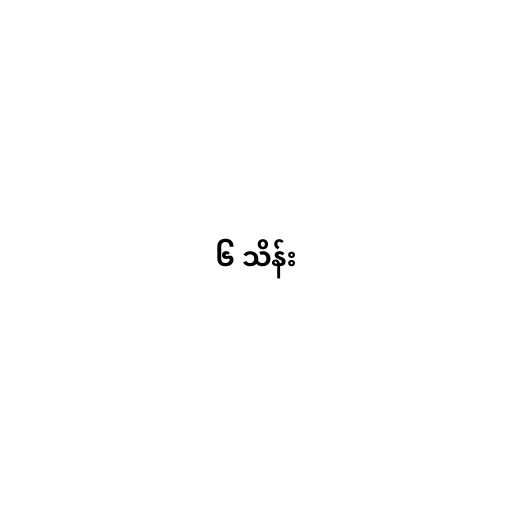
၆ သိန်း